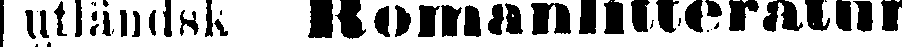
utländsk Romanlitteratur